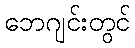
ဘေဂျင်းတွင်